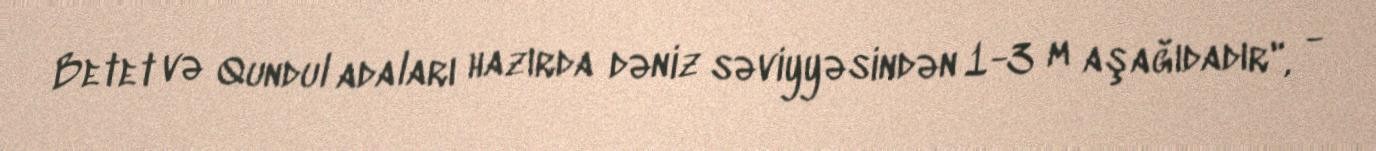
Betet və Qundul adaları hazırda dəniz səviyyəsindən 1-3 m aşağıdadır", -